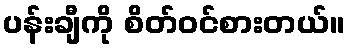
ပန်းချီကို စိတ်ဝင်စားတယ်။